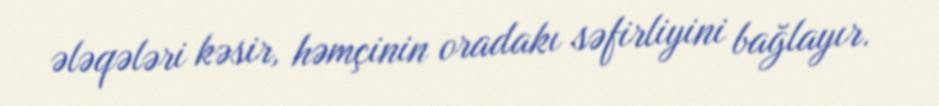
ələqələri kəsir, həmçinin oradakı səfirliyini bağlayır.